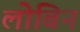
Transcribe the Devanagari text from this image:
लोबिन